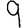
Digit: 9